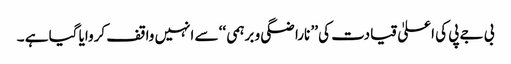
بی جے پی کی اعلیٰ قیادت کی ’’ ناراضگی و برہمی ‘‘ سے انہیں واقف کروایا گیا ہے ۔